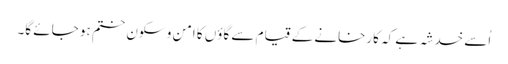
اُسے خدشہ ہے کہ کارخانے کے قیام سے گاؤں کا امن و سکون ختم ہو جائے گا۔